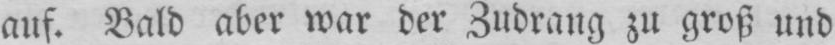
auf. Bald aber war der Zudrang zu groß und